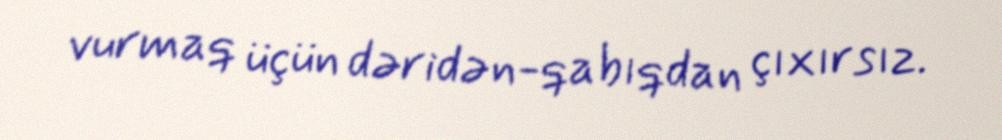
vurmaq üçün dəridən-qabıqdan çıxırsız.